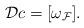
LaTeX: \begin{gather*} \mathcal{D}c = [\omega_{\mathcal{F}}]. \end{gather*}